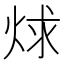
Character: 𬊋